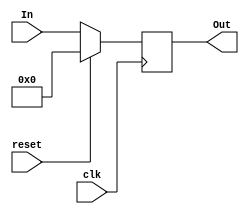
`timescale 1ns / 1ps

module Flag_Reg( input wire [3:0] In, output reg [3:0] Out, input wire reset, input wire clk );
always @ (posedge clk) begin
	if(reset) Out = 0;
	else Out = In;
end
endmodule

module TransferSwitch( input wire TransferSignal, input wire [15:0]Input, output wire[15:0]Output );
assign Output = TransferSignal ? Input : 16'hZZZZ;
endmodule

module R_16( input wire [15:0] In, output reg [15:0] Out, input wire reset, input wire clk );
always @ (posedge clk or posedge reset) begin
	if( reset )	Out = 0;
	else Out = In;
end
endmodule